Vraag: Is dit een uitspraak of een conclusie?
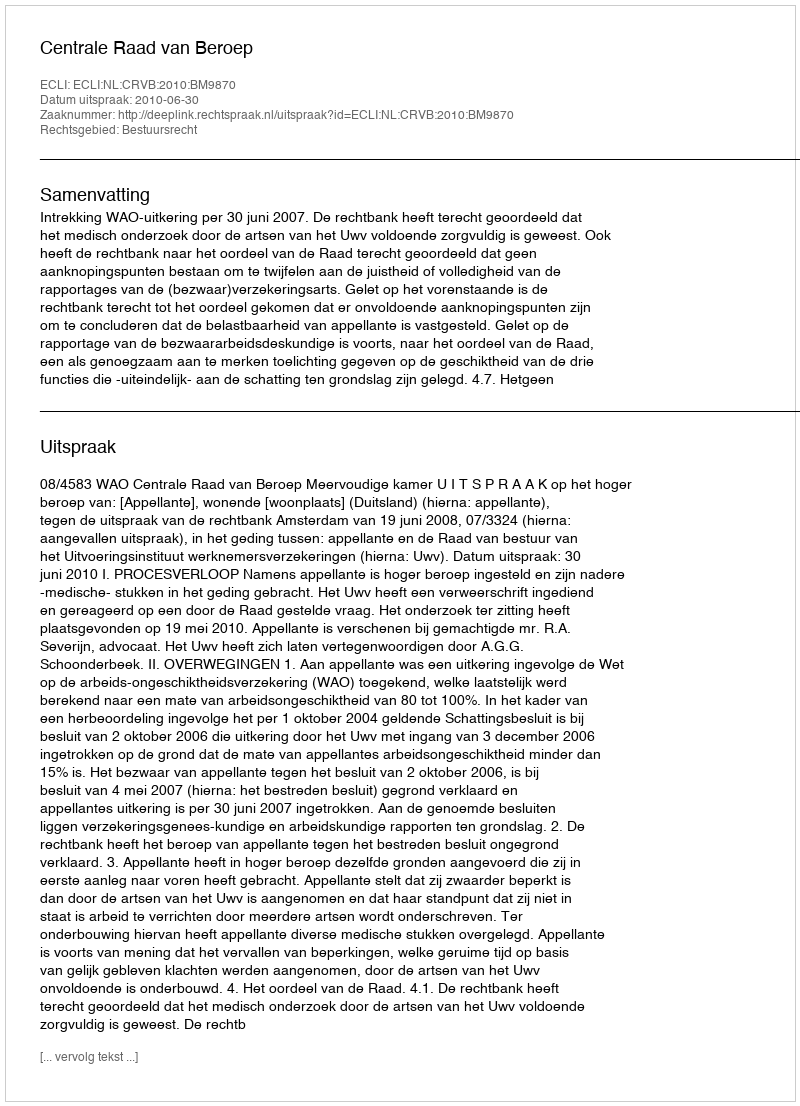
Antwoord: Uitspraak